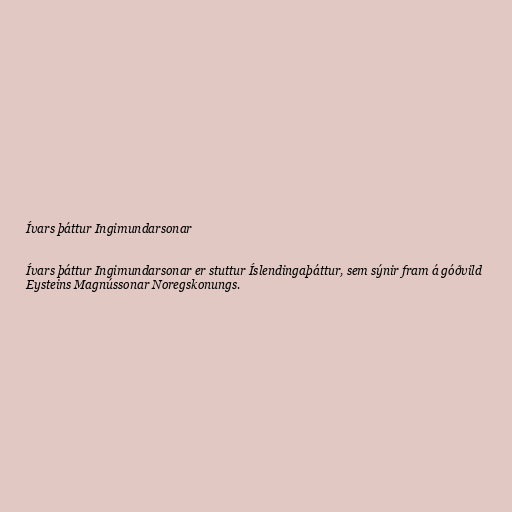
Ívars þáttur Ingimundarsonar

Ívars þáttur Ingimundarsonar er stuttur Íslendingaþáttur, sem sýnir fram á góðvild
Eysteins Magnússonar Noregskonungs.